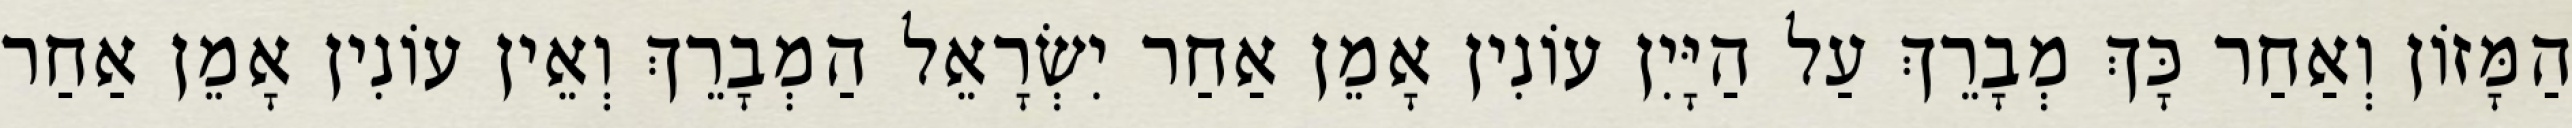
הַמָּזוֹן וְאַחַר כָּךְ מְבָרֵךְ עַל הַיָּיִן עוֹנִין אָמֵן אַחַר יִשְׂרָאֵל הַמְבָרֵךְ וְאֵין עוֹנִין אָמֵן אַחַר